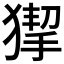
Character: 𤠵